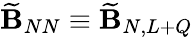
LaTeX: \widetilde{\mathbf B}_{NN}\equiv\widetilde{\mathbf B}_{N,L+Q}